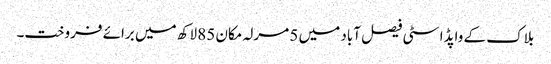
بلاک کے واپڈا سٹی فیصل آباد میں 5 مرلہ مکان 85 لاکھ میں برائے فروخت۔